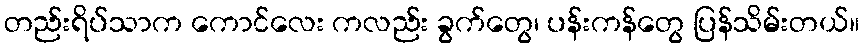
တည်းရိပ်သာက ကောင်လေး ကလည်း ခွက်တွေ၊ ပန်းကန်တွေ ပြန်သိမ်းတယ်။